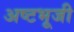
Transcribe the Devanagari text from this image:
अष्टभूजी